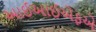
આઈઆઈએફએ